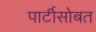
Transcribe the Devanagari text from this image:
पार्टीसोबत